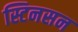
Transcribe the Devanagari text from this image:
स्टिनसन